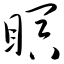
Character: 瞑